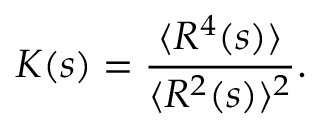
{ \cal K } ( s ) = \frac { \langle R ^ { 4 } ( s ) \rangle } { \langle R ^ { 2 } ( s ) \rangle ^ { 2 } } .